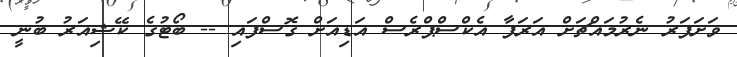
ވަށަފަރު ނެރުމައްޗަށް އަރަފާ އެކްސްޕްރެސް އަޑިއަށް ގޮސްފައި -- ބޯޓުގެ ކޭޝިއަރު ބުނީ